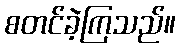
စတင်ခဲ့ကြသည်။